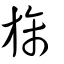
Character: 旆